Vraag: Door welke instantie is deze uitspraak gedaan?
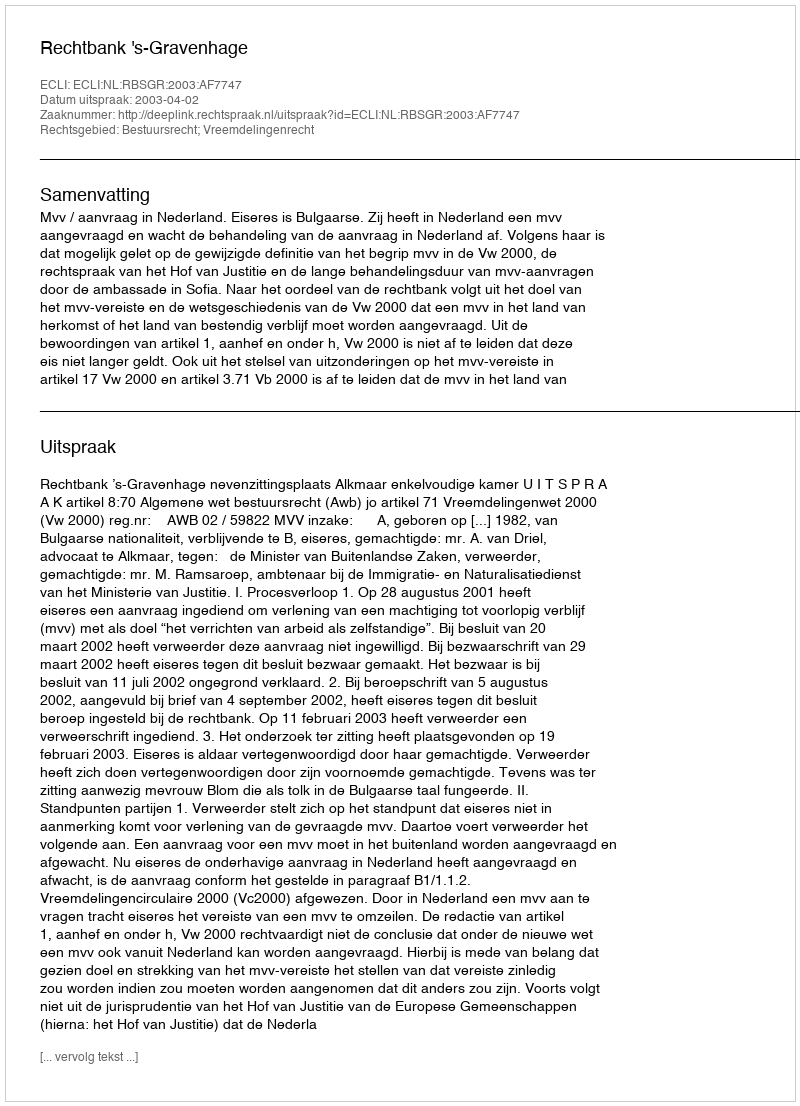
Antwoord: Rechtbank 's-Gravenhage